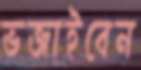
ভজাইবেন